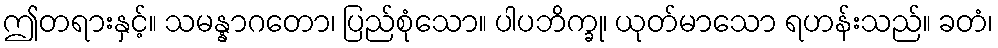
ဤတရားနှင့်။ သမန္နာဂတော၊ ပြည်စုံသော။ ပါပဘိက္ခု၊ ယုတ်မာသော ရဟန်းသည်။ ခတံ၊